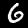
Digit: 6